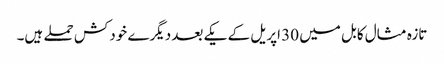
تازہ مثال کابل میں 30 اپریل کے یکے بعد دیگرے خودکش حملے ہیں۔